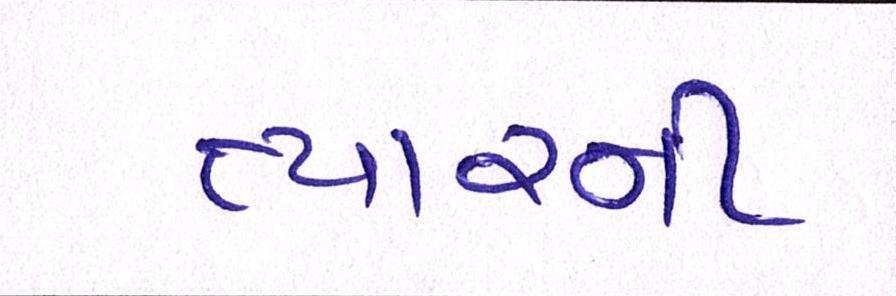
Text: ત્યારની